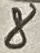
Text: 8